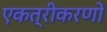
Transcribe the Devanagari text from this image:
एकत्रीकरणों